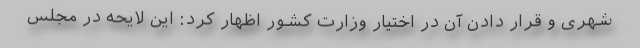
شهری و قرار دادن آن در اختیار وزارت کشور اظهار کرد: این لایحه در مجلس